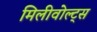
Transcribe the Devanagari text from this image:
मिलीवोल्ट्स